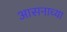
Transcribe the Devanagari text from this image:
आसनाच्या